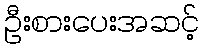
ဦးစားပေးအဆင့်